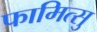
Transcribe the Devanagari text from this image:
फामित्सु